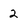
Character: 2